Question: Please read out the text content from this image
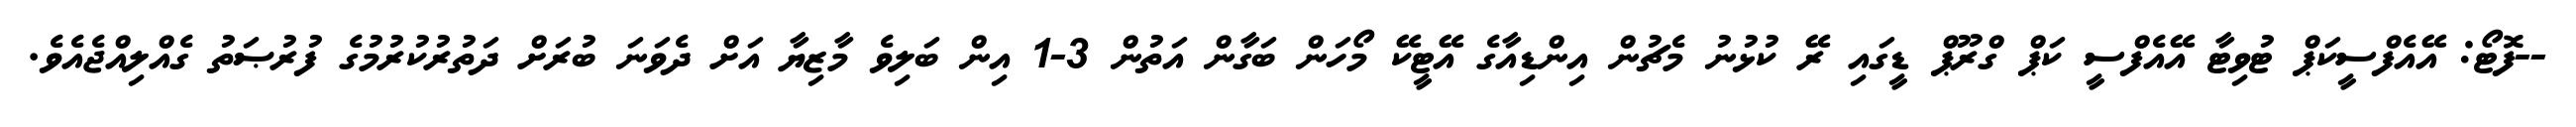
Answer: --ފޮޓޯ: އޭއެފްސީކަޕް ޓުވިޓާ އޭއެފްސީ ކަޕް ގްރޫޕް ޑީގައި ރޭ ކުޅުނު މެޗުން އިންޑިއާގެ އޭޓީކޭ މޯހަން ބަގާން އަތުން 3-1 އިން ބަލިވެ މާޒިޔާ އަށް ދެވަނަ ބުރަށް ދަތުރުކުރުމުގެ ފުރުޞަތު ގެއްލިއްޖެއެވެ.